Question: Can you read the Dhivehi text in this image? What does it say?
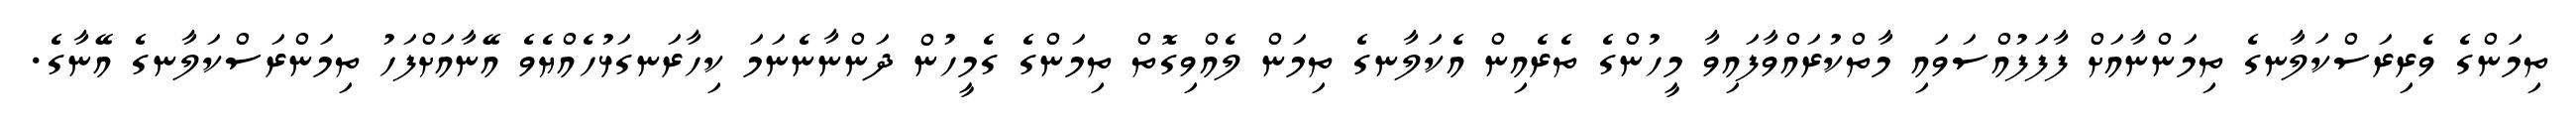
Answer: ތިމަންގެ ވެރިރަސްކަލާނގެ ތިމަންނާއަށް ފާފަފުއްސަވައި މާތްކުރައްވާފައިވާ މީހުންގެ ތެރެއިން އެކަލާނގެ ތިމަން ލެއްވިގޮތް ތިމަންގެ ގެމީހުން ދަންނާނެނަމަ ކިހާރަނގަޅުހެއްޔެވެ އޭނާއަށްފަހު ތިމަންރަސްކަލާނގެ އޭނާގެ.